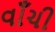
વાઁચી